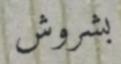
بشروش